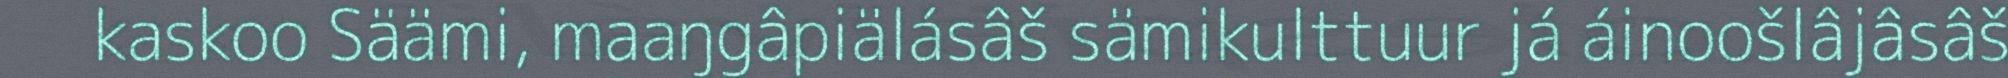
kaskoo Säämi, maaŋgâpiälásâš sämikulttuur já áinoošlâjâsâš